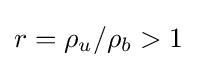
r=\rho _{u}/\rho _{b}>1